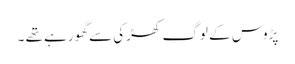
پڑوس کے لوگ کھڑکی سے گھورہے تھے ۔